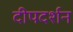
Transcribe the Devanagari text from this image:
दीपदर्शन